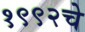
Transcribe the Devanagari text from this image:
१९९२चे